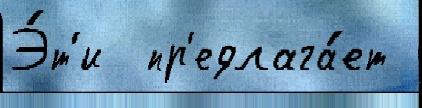
Э́т'и  пр'едлага́ет